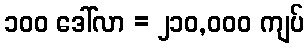
၁၀၀ ဒေါ်လာ = ၂၁၀,၀၀၀ ကျပ်